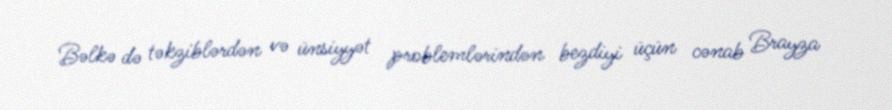
Bəlkə də təkziblərdən və ünsiyyət problemlərindən bezdiyi üçün cənab Brayza